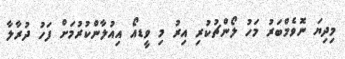
މިދިޔަ ނޮވެމްބަރު މަހު ލޯންޗުކުރި އިރު މި ވީޑއޯ އިއުލާންކުރުމަށް ފަހު ދުރާލާ